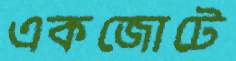
একজোটে